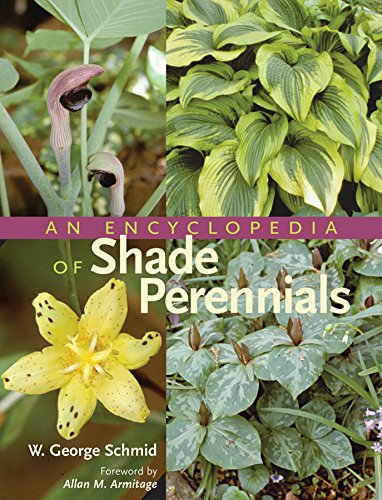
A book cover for An Encyclopedia of Shade Perennials; W. George Schmid; Crafts, Hobbies & Home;